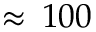
\approx \, 1 0 0